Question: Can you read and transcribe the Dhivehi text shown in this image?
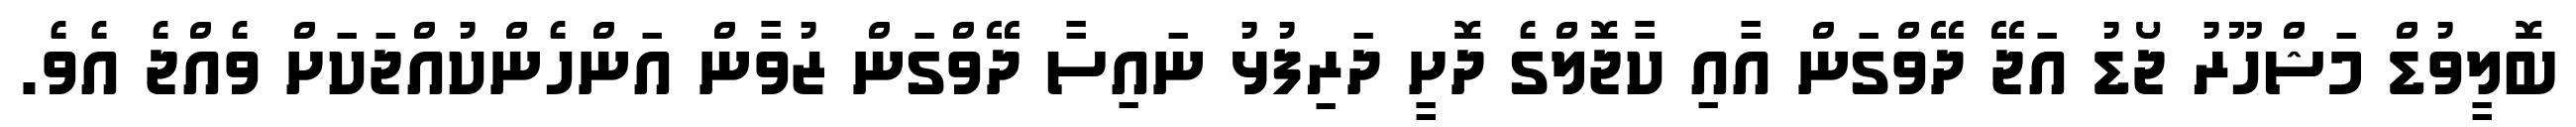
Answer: ބޮލީވުޑް މަޝްހޫރު ޖޯޑު އަޖޭ ދޭވްގަން އާއި ކާޖޮލްގެ ދޮށީ ދަރިފުޅު ނައިސާ ދޭވްގަން ޒުވާން އަންހެންކުއްޖަކަށް ވެއްޖެ އެވެ.